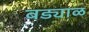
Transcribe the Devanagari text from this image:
बड्याळ